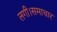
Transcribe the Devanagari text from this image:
लगी।समाचार